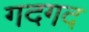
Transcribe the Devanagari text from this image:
गदगद